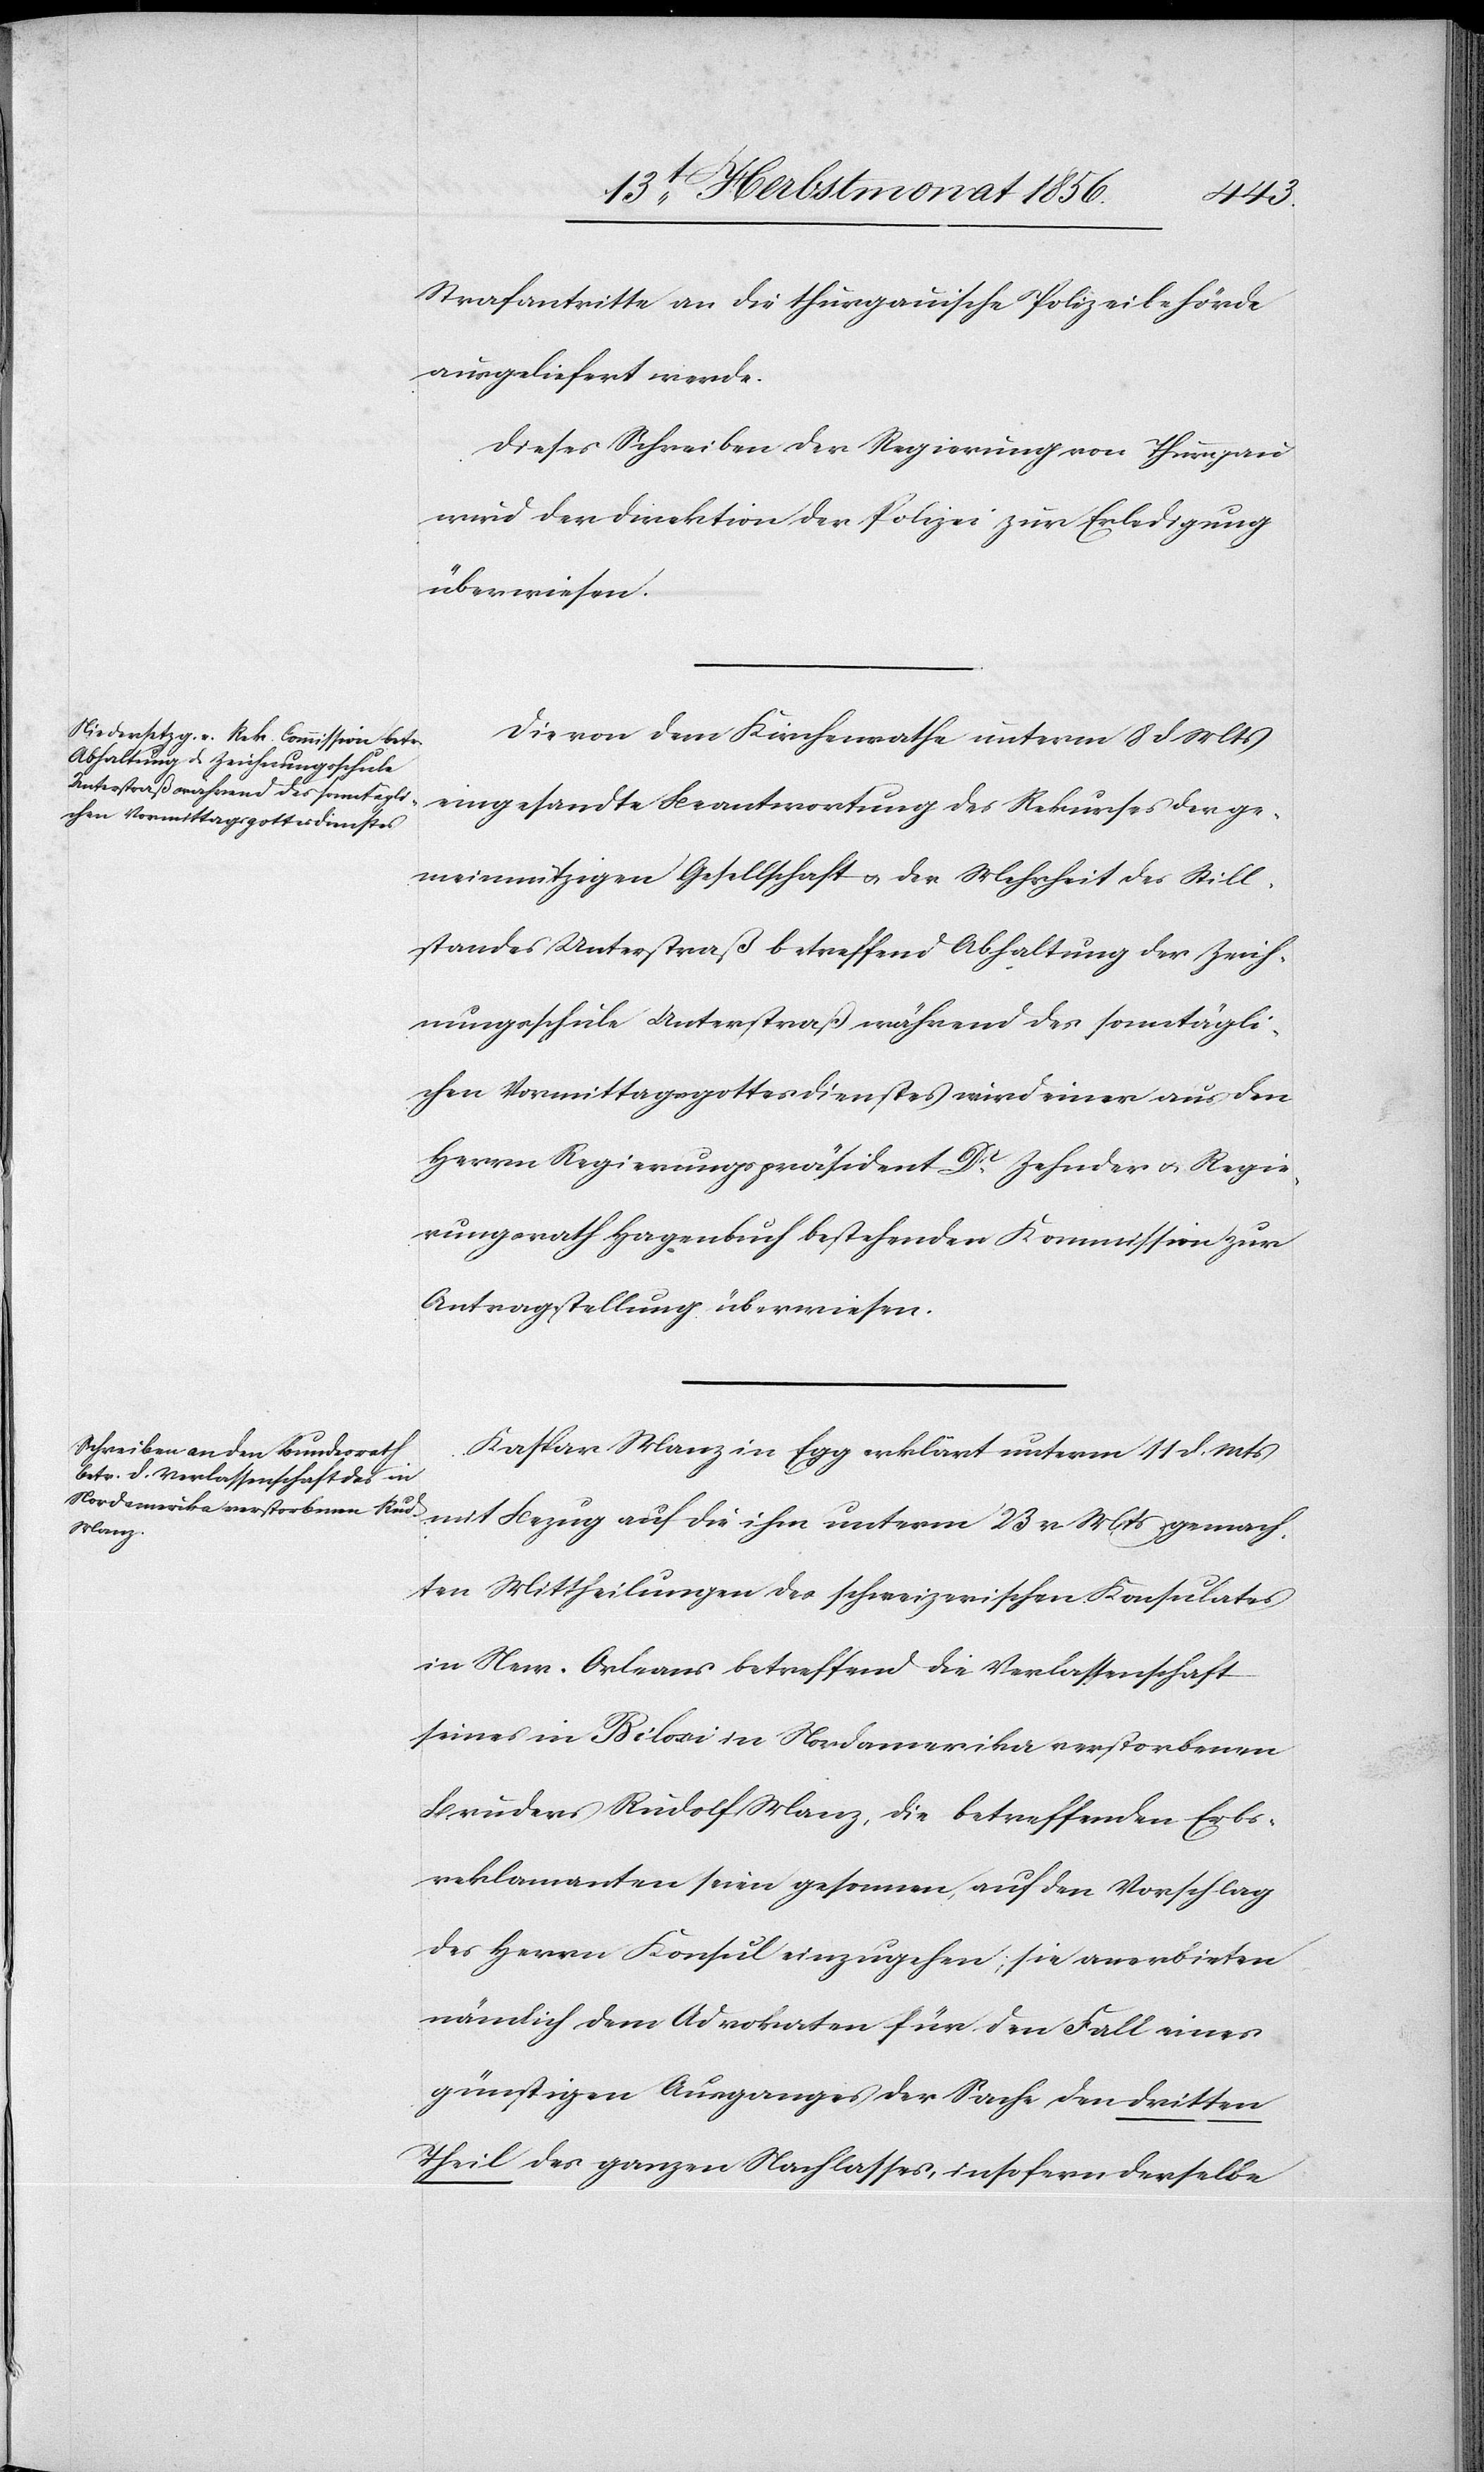
Strafantritte an die thurgauische Polizeibehörde
ausgeliefert werde.
Dieses Schreiben der Regierung von Thurgau
wird der Direktion der Polizei zur Erledigung
überwiesen.
Die von dem Kirchenrathe unterm 8 d Mts
eingesandte Beantwortung des Rekurses der ge¬
meinnützigen Gesellschaft u. der Mehrheit des Still¬
standes Unterstraß betreffend Abhaltung der Zeich¬
nungsschule Unterstraß während des sonntägli¬
chen Vormittagsgottesdienstes wird einer aus den
Herrn Regierungspräsident Dr Zehnder u. Regie¬
rungsrath Hagenbuch bestehenden Kommission zur
Antragstellung überwiesen.
Kaspar Manz in Egg erklärt unterm 11 d. Mts
mit Bezug auf die ihm unterm 23 v. Mts gemach¬
ten Mittheilungen des schweizerischen Konsulates
in New-Orleans betreffend die Verlassenschaft
seines in Biloxi in Nordamerika verstorbenen
Bruders Rudolf Manz, die betreffenden Erbs¬
reklamanten seien gesonnen, auf den Vorschlag
des Herrn Konsul einzugehen; sie anerbieten
nämlich dem Advokaten für den Fall eines
günstigen Ausganges der Sache den dritten
Theil des ganzen Nachlasses, insofern derselbe